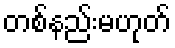
တစ်နည်းမဟုတ်